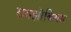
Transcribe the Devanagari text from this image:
रायझॊबियम